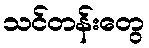
သင်တန်းတွေ